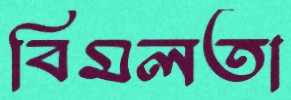
বিমলতা